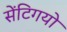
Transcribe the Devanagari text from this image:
सेंटिगयो